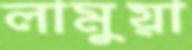
লামুয়া